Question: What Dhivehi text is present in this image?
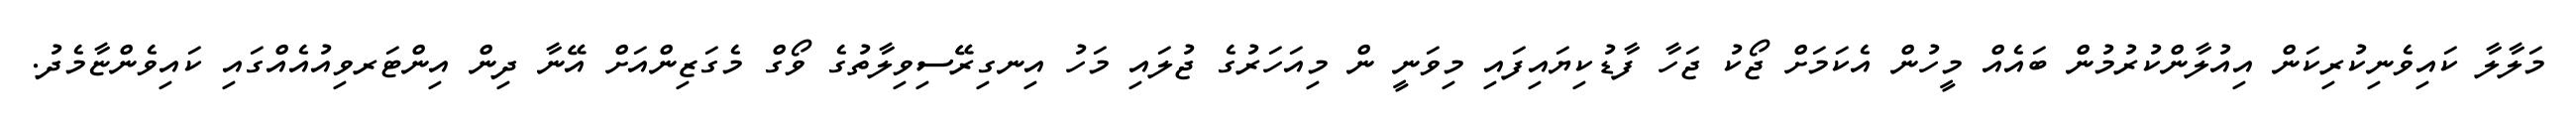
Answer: މަލާލާ ކައިވެނިކުރިކަން އިއުލާންކުރުމުން ބައެއް މީހުން އެކަމަށް ޖޯކު ޖަހާ ފާޑުކިޔައިފައި މިވަނީ ން މިއަހަރުގެ ޖުލައި މަހު އިނގިރޭސިވިލާތުގެ ވޯގް މެގަޒިންއަށް އޭނާ ދިން އިންޓަރވިއުއެއްގައި ކައިވެންޏާމެދު.